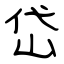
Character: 岱